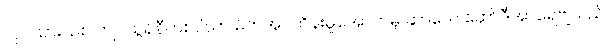
လုပ်သားသစ် ကျပ်သွန်နီတစ်ပိသာ မိဘအုပ်ထိန်းမှုအောက်မှ ဆာလေ ဆော်ဒီအာရေဗျသည်